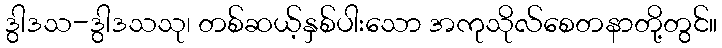
ဒွါဒသ-ဒွါဒသသု၊ တစ်ဆယ့်နှစ်ပါးသော အကုသိုလ်စေတနာတို့တွင်။